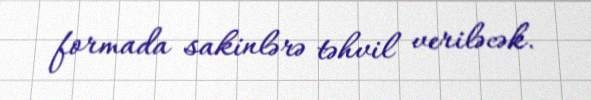
formada sakinlərə təhvil veriləcək.